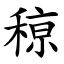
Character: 䅫